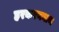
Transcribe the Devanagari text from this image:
हरकरननाथ